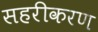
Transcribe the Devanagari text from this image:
सहरीकरण